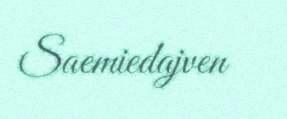
Saemiedajven